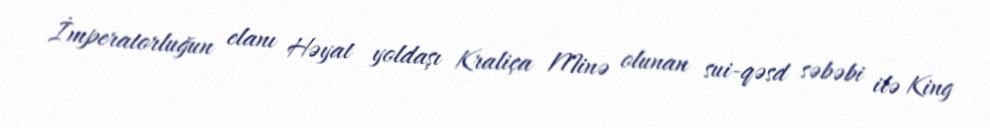
İmperatorluğun elanı Həyat yoldaşı Kraliça Minə olunan sui-qəsd səbəbi ilə King